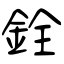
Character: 銓